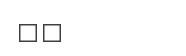
٤٨